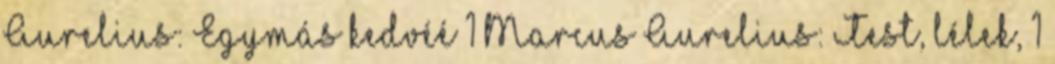
Aurelius: Egymás kedvéé 1 Marcus Aurelius: Test, lélek, 1